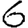
Digit: 6